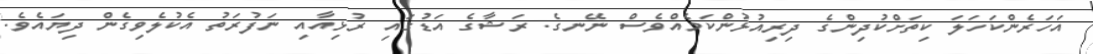
އަހަރެންކަހަލަ ކިތަށްކުދިންގެ ދިރިއުޅުންކަމެއްވެސް ނޭނގެ. ރަޝާގެ އަޑުގައި ރުޅިއާއި ނަފުރަތު އެކުލެވިގެން ދިޔައެވެ.